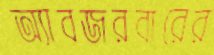
অ্যাবজরবারের